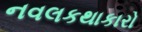
નવલકથાકારો